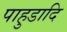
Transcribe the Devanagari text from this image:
पाहुडादि